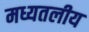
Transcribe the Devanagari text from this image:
मध्यतलीय